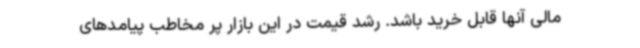
مالی آنها قابل خرید باشد. رشد قیمت در این بازار پر مخاطب پیامدهای